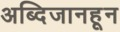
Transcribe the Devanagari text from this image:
अब्दिजानहून